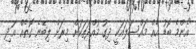
"އެންމެ ބޮޑު އެއް މައްސަލައަކީ ދިގު މުއްދަތަކަށް މިރަށް ލިބޭނެ ގޮތެއް އަދި